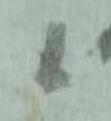
候